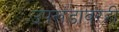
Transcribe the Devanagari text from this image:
उपखंडावरही